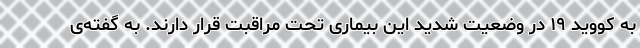
به کووید ۱۹ در وضعیت شدید این بیماری تحت مراقبت قرار دارند. به گفته‌ی